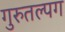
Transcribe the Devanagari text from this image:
गुरुतल्पग